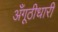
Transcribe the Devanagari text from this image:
अँगूठीधारी